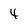
Character: 4